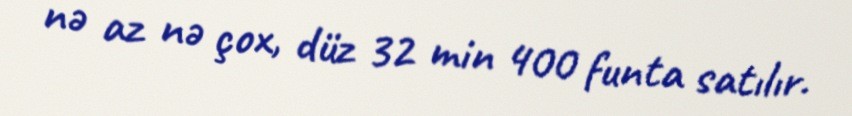
nə az nə çox, düz 32 min 400 funta satılır.